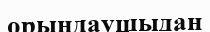
орындаушыдан